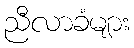
ညီလာခံများ